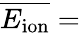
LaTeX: \overline{{E_{\mathrm{ion}}}}=